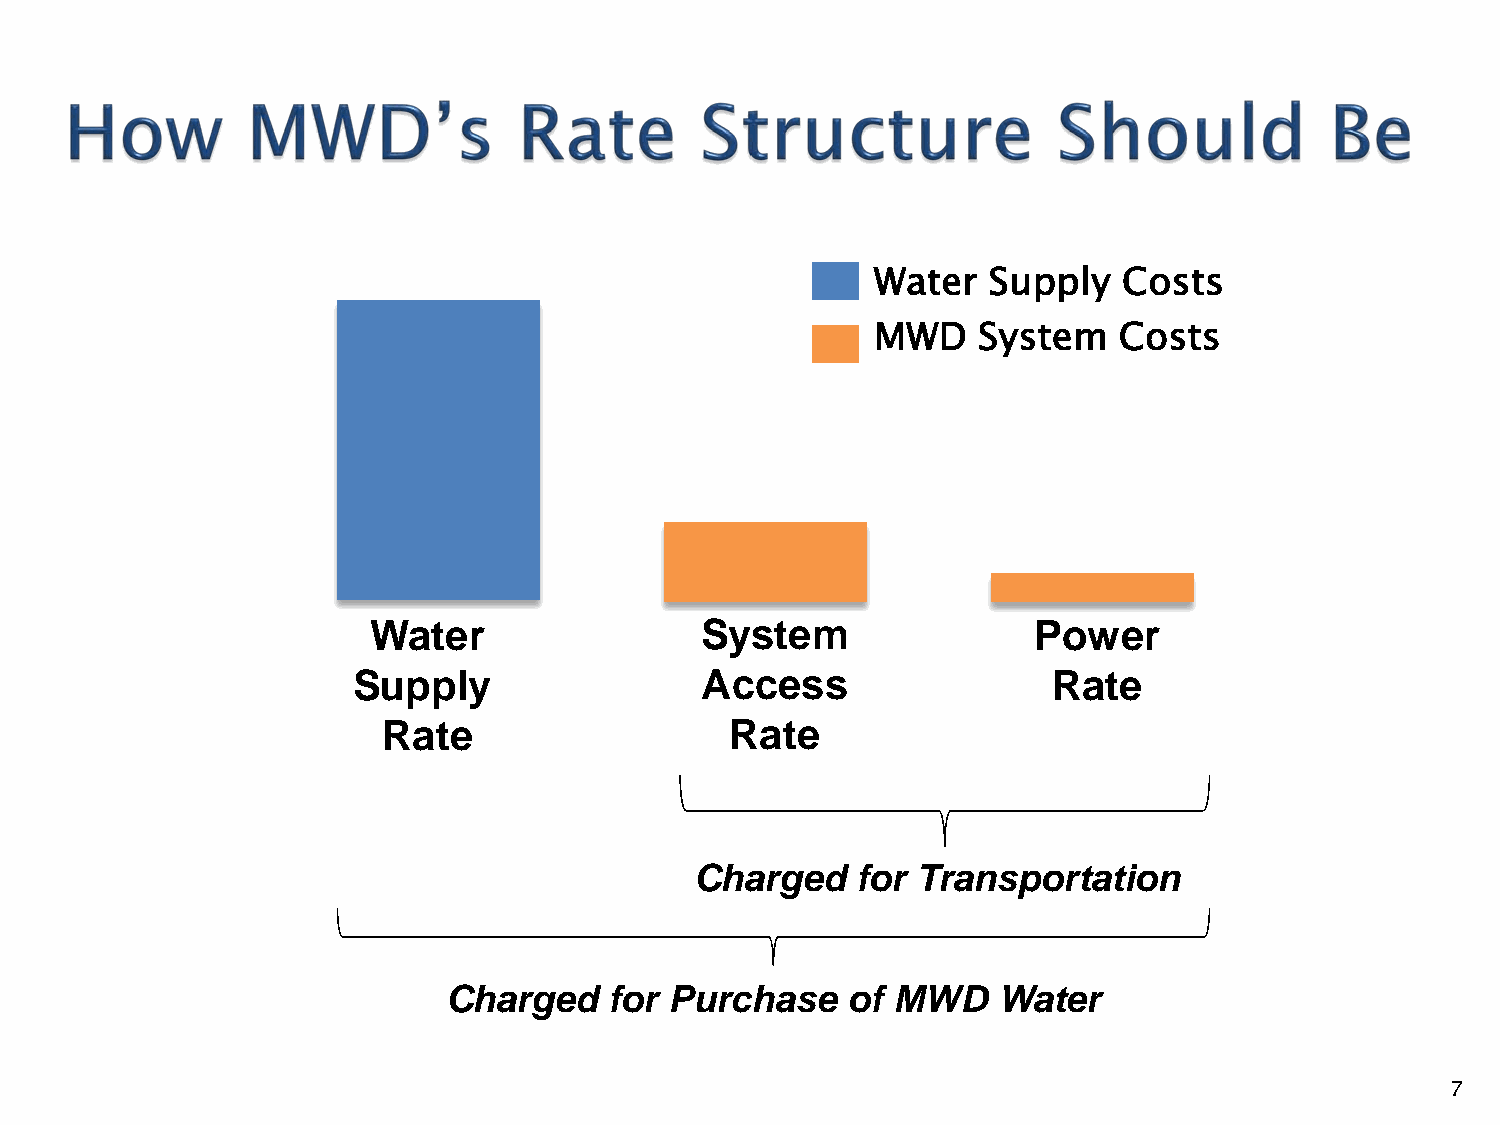
Water  Supply   Costs
 MWD    System   Costs
 Water                System                Power
 Supply                 Access                  Rate
 Rate                   Rate
 Charged    for Transportation
 Charged   for Purchase    of MWD    Water
 7